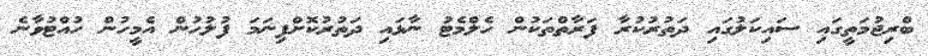
ބްރިޖުމަތީގައި ސައިކަލުގައި ދަތުރުކުރާ ފަރާތްތަކުން ހެލްމެޓު ނާޅައި ދަތުރުކޮށްފިނަމަ ފުލުހުން އެމީހުން ހުއްޓުވާނެ